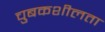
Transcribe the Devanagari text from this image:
चुबकशीलता